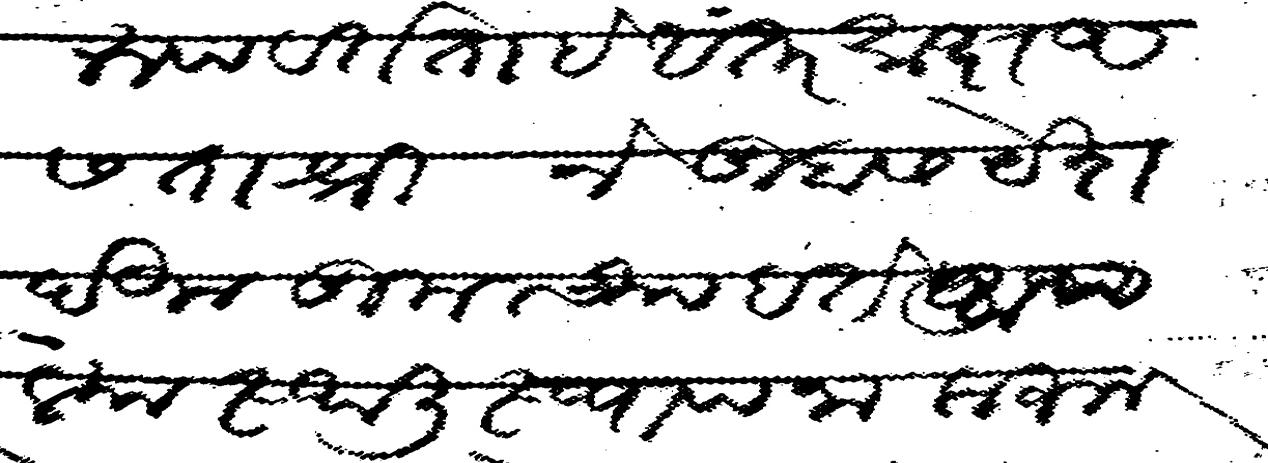
Transliteration (Devanagari): येकरुप वर्तता हे अंतर साक्ष असता श्री ने तुम्हास येश देऊन तुमच्या हात आपल्या स्थली स्थापना करुन